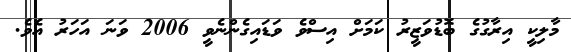
މާލިކީ އިރާގުގެ ބޮޑުވަޒީރު ކަމަށް އިސްވެ ވަޑައިގެންނެވީ 2006 ވަނަ އަހަރު އެވެ.